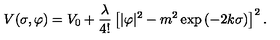
V ( \sigma , \varphi ) = V _ { 0 } + { \frac { \lambda } { 4 ! } } \left[ | \varphi | ^ { 2 } - m ^ { 2 } \exp \left( - 2 k \sigma \right) \right] ^ { 2 } .